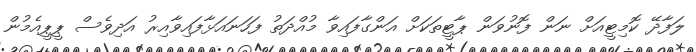
ލަފާދޭ ކޮމިޓީއަށް ނަން ފޮނުވަން ޕާޓީތަކަށް އަންގާފައިވާ މުއްދަތު ފަހަނައަޅާފައިވާއިރު އަދިވެސް ޕީޕީއެމުން